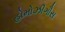
હોમોઝીગૌસ